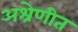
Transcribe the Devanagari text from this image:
अश्रेणीत